Bréfritari: Þórunn Pálsdóttir
Viðtakandi: Páll Pálsson
Dagsetning: A-1864-xx-xx
Skrifað á: Höfða  S-Múl.
Páll var bróðir Þórunnar

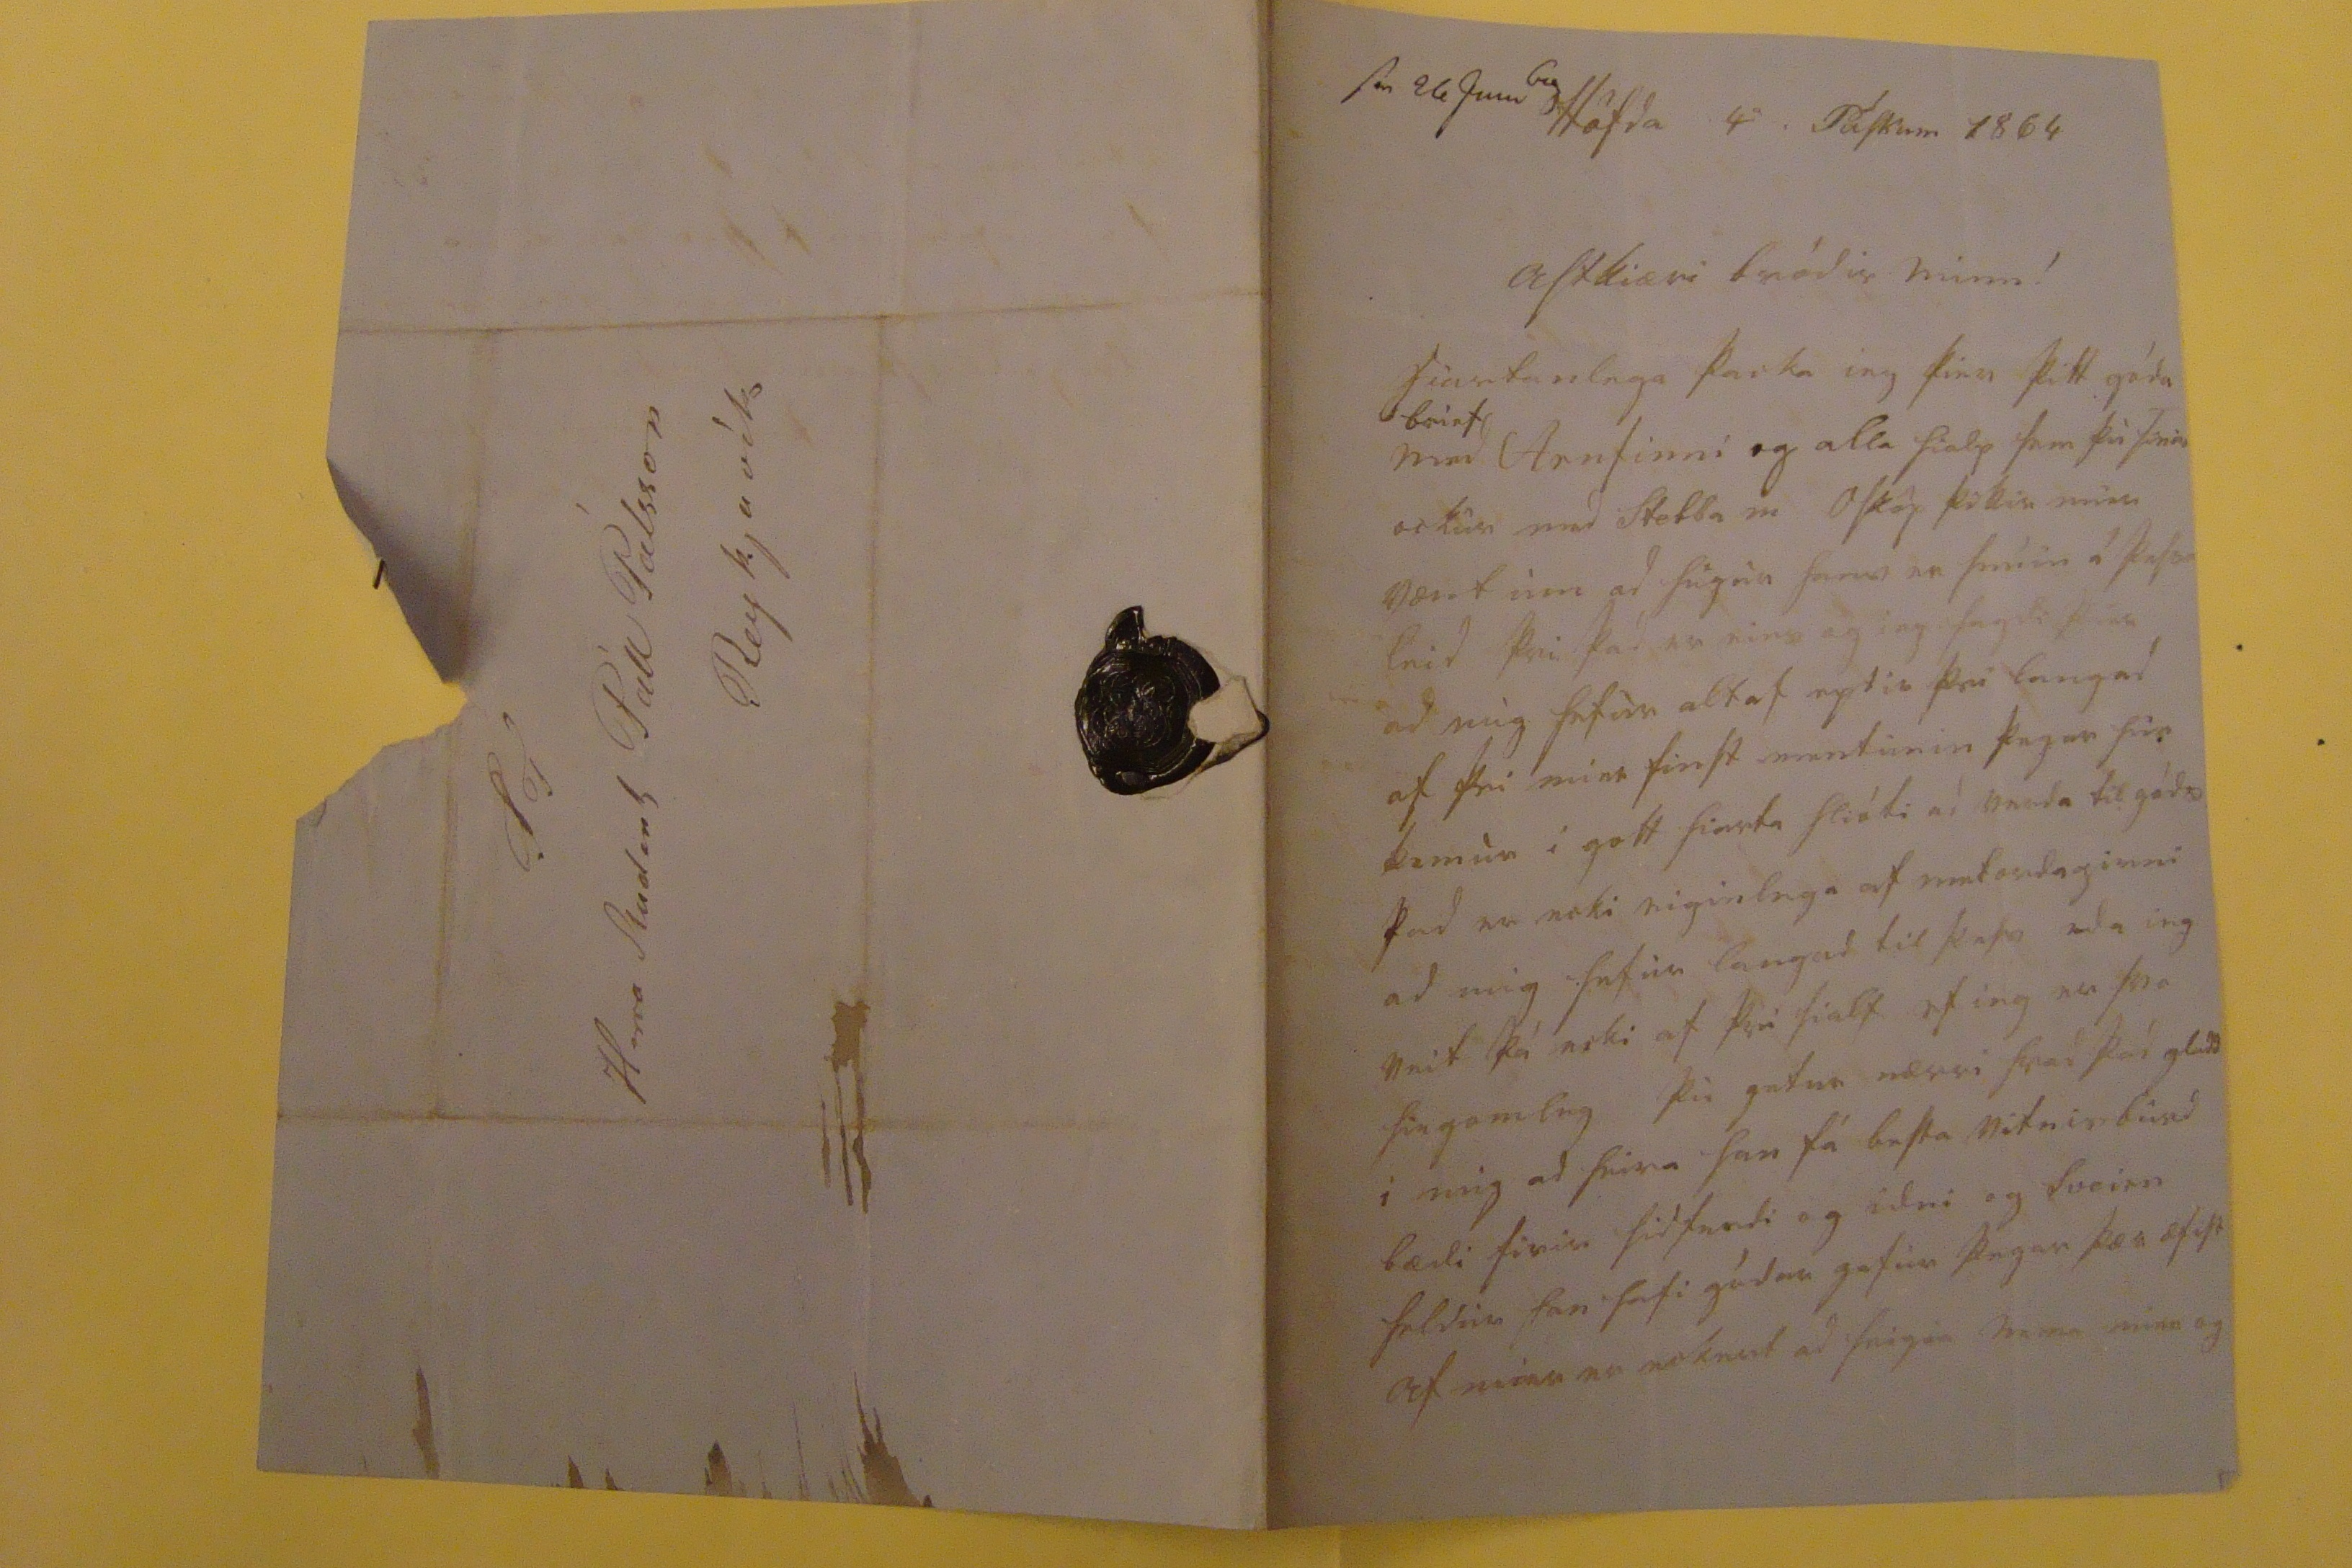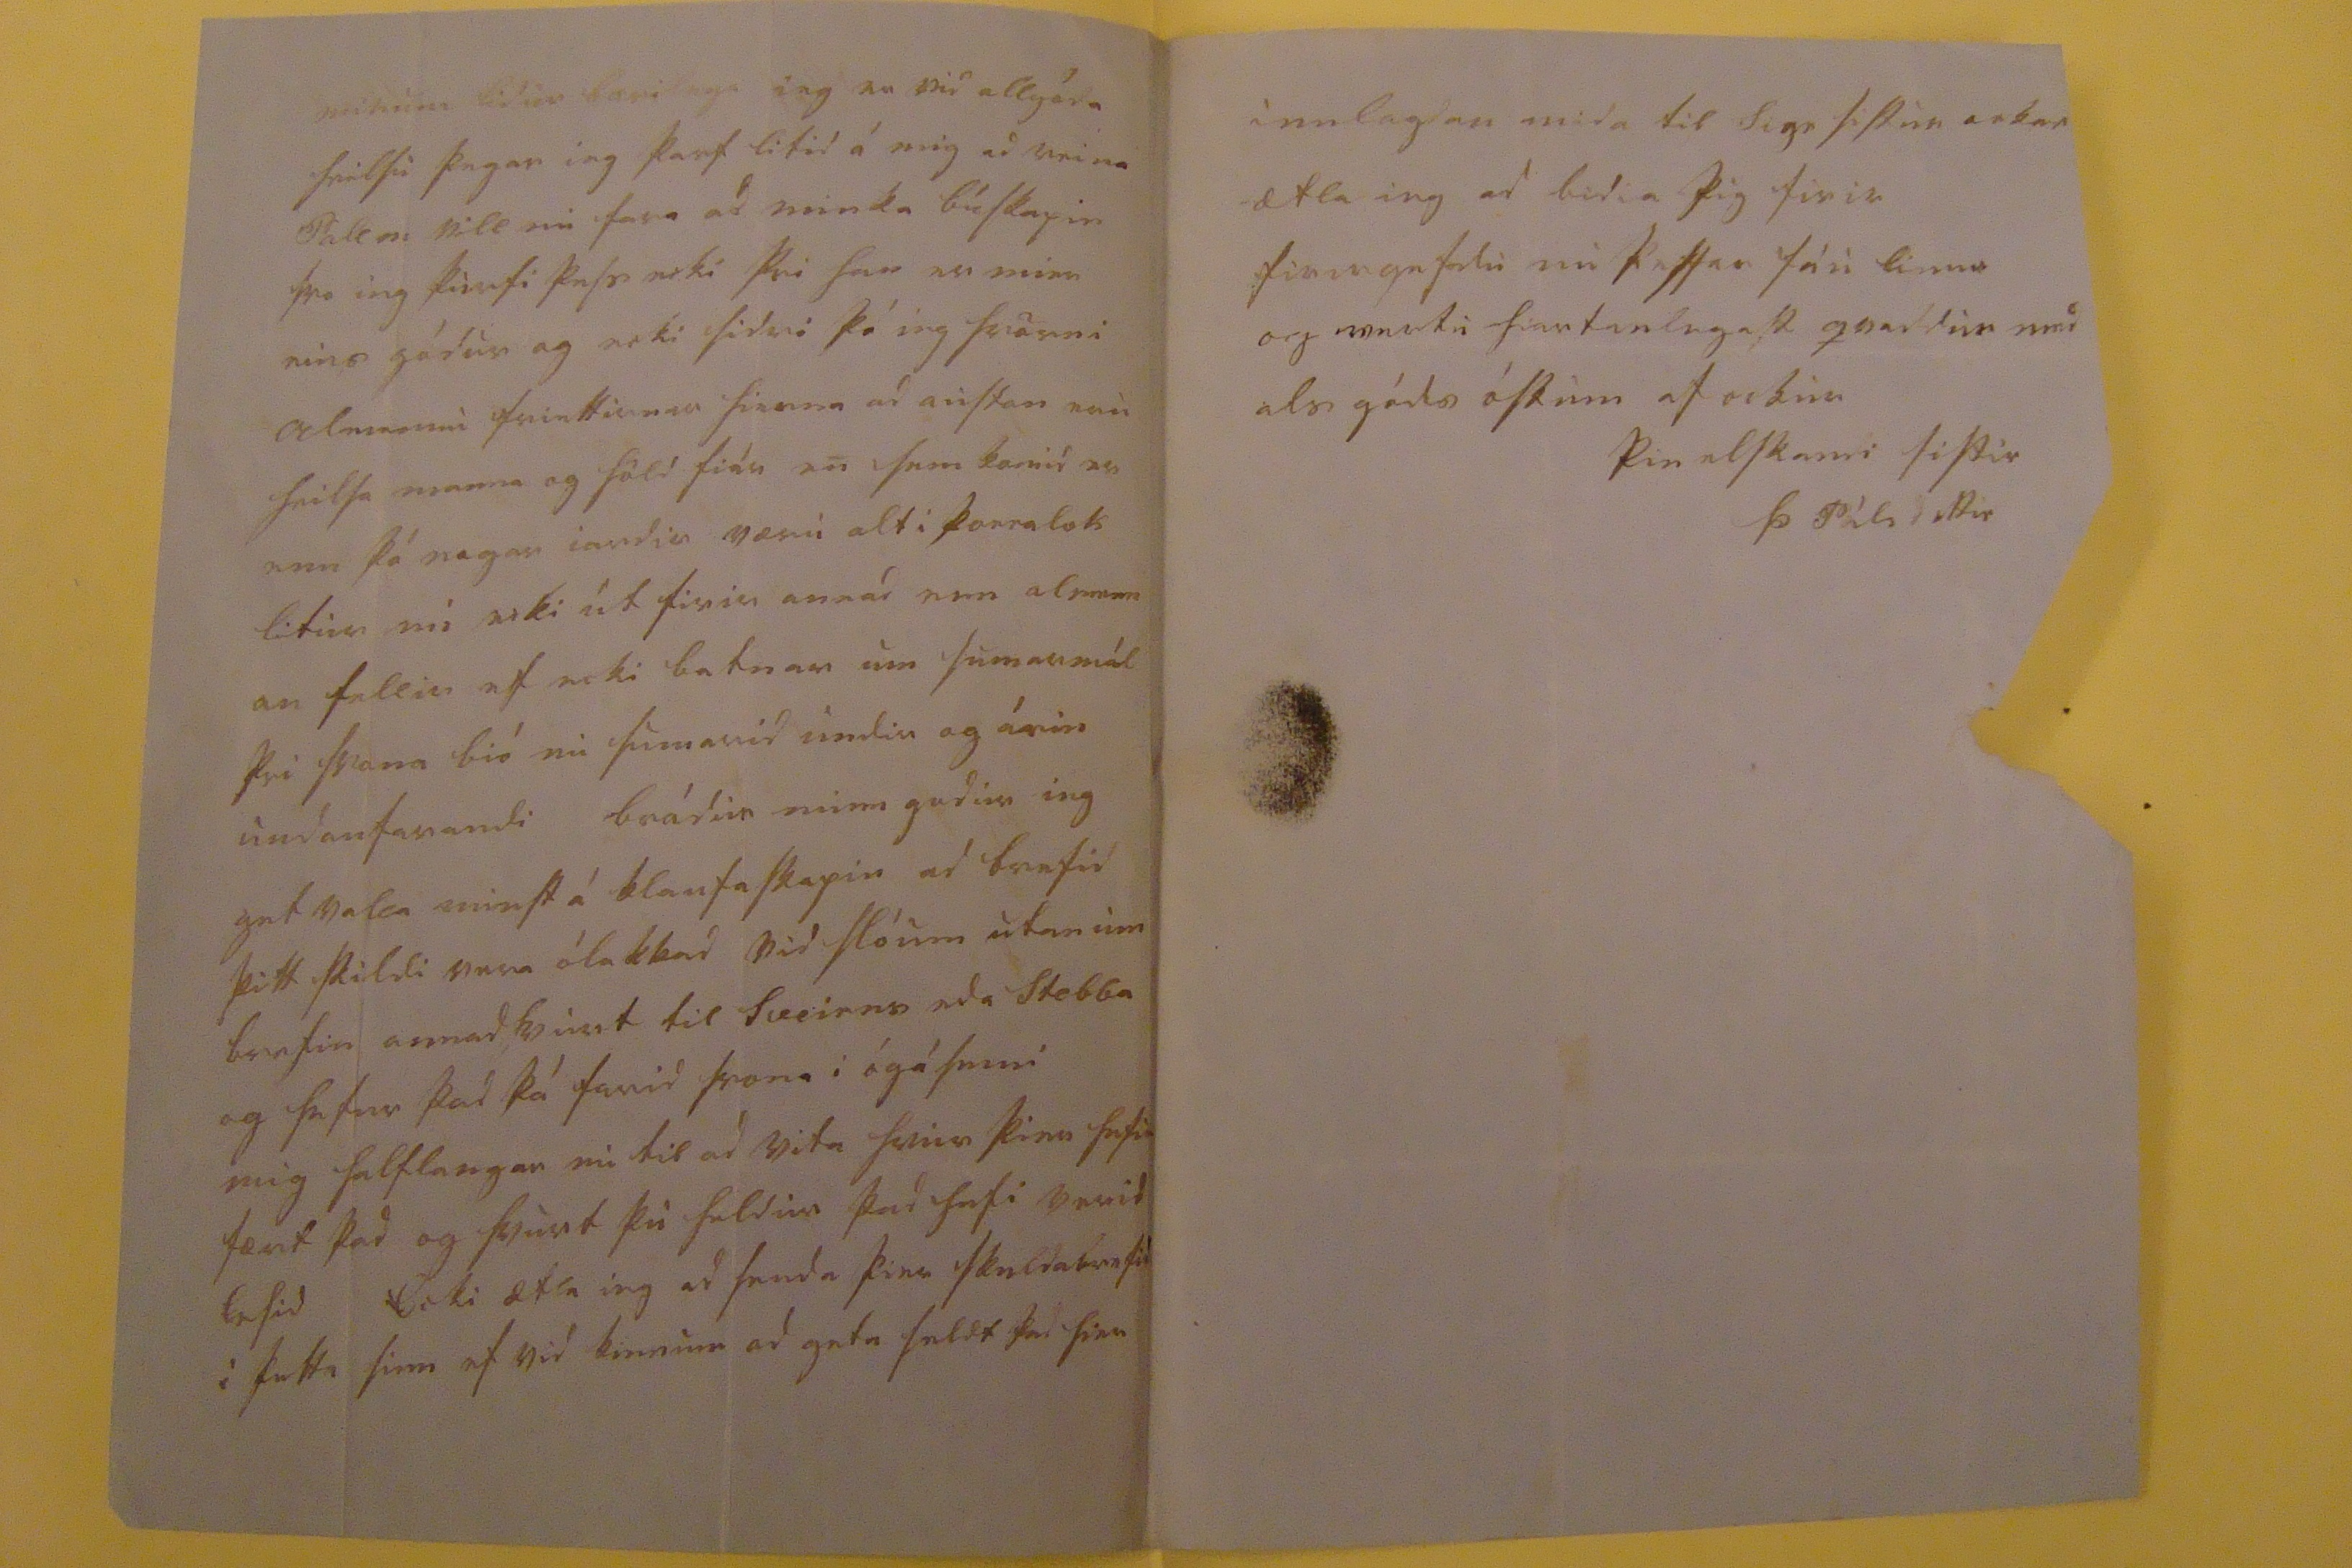

s0 26 Jun 64
Höfda
4
Páskum 1864
Astkiæri bródir minn!
hiartanlega þacka ieg þier þitt góda
brief
med Arnfinni og alla hialp sem þu sinir ockur med Stebba m Osköp þikir mier vænt um ad hugur hanns er snúin á þessa leid þvi þá er eins og ieg sagdi þier ad mig hefur altaf eptir þvi langad af þvi mier finst mentunin þegar
hun
kemur i gott hiarta hlióti ad verda til góds þad er ecki eiginlega af metordagirni ad mig hefur langad til þess eda ieg veit þá ecki af þvi sialf ef ieg er svo hiegomleg þu getur nærri hvad þad gladd i mig ad heira han fá besta vitnisburd bædi firir sidferdi og idni og Sveinn heldur han hafi gódar gafur þegar þær æfist af mier er eckert ad seigia nema mier og
minum lidur bærilega ieg er vid allgóda heilsu þegar ieg þarf litid á mig ad reina Páll m vill nu fara ad minka búskapin svo ieg þurfi þess ecki þvi han er mier eins gódur og ecki sidri þó ieg hrörni almennu friettirnar hierna ad austan eru heilsa manna og höld fiár en sem komid er enn þó nogar iardir væru alt i þorralok litur nu ecki út firir annad enn almenn an fellir ef ecki batnar um sumarmál þvi svona bió nu sumarid undir og árin undanfarandi bródir minn godur ieg get
valla
minst á klaufaskapin ad brefid þitt skildi vera ólakkad vid slóum utan um brefin annadhvurt til Sveinns eda Stebba og hefur þad þá farid svona i ógáfunni mig halflangar nu til ad vita hvur þier hef
ir
fært þad og hvurt þu heldur þad hafi verid lesid Ecki ætla ieg ad senda þier skuldabrefid i þetta sinn ef vid kinnum ad geta seldt þad hier
innlagdan mida til Sigr sistur ockar ætla ieg ad bidia þig firir firirgefdu nu þessar fáu linur og vertu hiartanlegast qvaddur med als góds óskum af ockur
þin elskandi sistir
Þ Pálsdottir
S T Herra Student Páll Pálsson Reykjavík